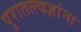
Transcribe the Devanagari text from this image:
पुरातत्त्वज्ञांना